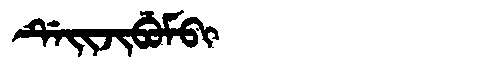
Manchu: ᡩᡝᡳᠵᡳᠪᡠᠮᠪᡳ
Romanization: DEIJIBUMBI